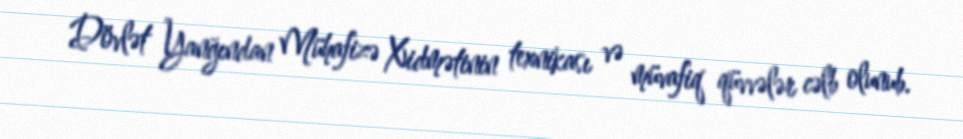
Dövlət Yanğından Mühafizə Xidmətinin texnikası və müvafiq qüvvələr cəlb olunub.